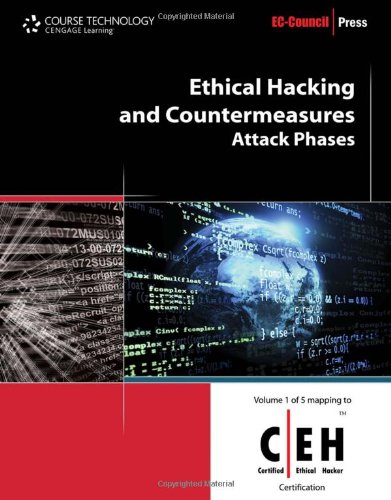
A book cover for Ethical Hacking and Countermeasures: Attack Phases (EC-Council Press); EC-Council; Computers & Technology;